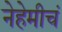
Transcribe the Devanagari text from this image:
नेहेमीचं